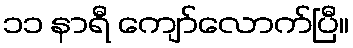
၁၁ နာရီ ကျော်လောက်ပြီ။